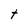
Character: t